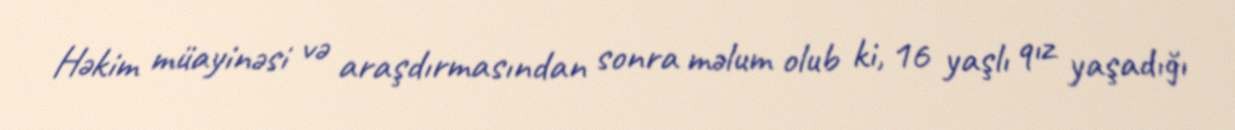
Həkim müayinəsi və araşdırmasından sonra məlum olub ki, 16 yaşlı qız yaşadığı